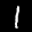
Label: 1